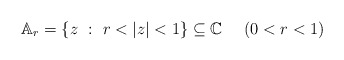
\begin{align*}\mathbb{A}_r=\{z \ : \ r<|z|<1\} \subseteq \mathbb{C} \ \ \ \ (0<r<1)\end{align*}